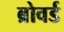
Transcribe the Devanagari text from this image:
ब्रोवर्ड